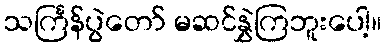
သင်္ကြန်ပွဲတော် မဆင်နွှဲကြဘူးပေါ့။